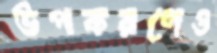
উপকরণেও